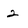
Character: 2